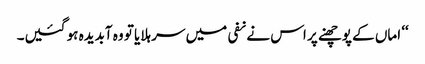
‘‘ اماں کے پوچھنے پر اس نے نفی میں سر ہلایا تو وہ آبدیدہ ہو گئیں۔